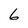
Character: 6